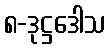
၈-ဒုဋ္ဌဒေါသ